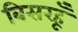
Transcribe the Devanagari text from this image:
बिसरहूँ